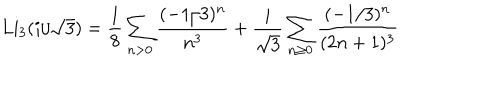
\mathrm { L i } _ { 3 } ( i / \sqrt 3 ) = \frac { 1 } { 8 } \sum _ { n > 0 } \frac { ( - 1 / 3 ) ^ { n } } { n ^ { 3 } } + \frac { i } { \sqrt 3 } \sum _ { n \ge 0 } \frac { ( - 1 / 3 ) ^ { n } } { ( 2 n + 1 ) ^ { 3 } }